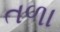
તળા